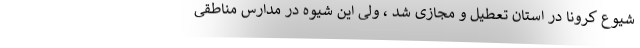
شیوع کرونا در استان تعطیل و مجازی شد ، ولی این شیوه در مدارس مناطقی